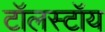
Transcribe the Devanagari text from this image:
टॉलस्‍टॉय